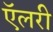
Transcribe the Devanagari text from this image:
ऍलरी